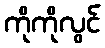
ကိုကိုလွင်